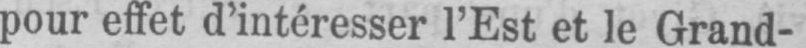
pour effet d’intéresser l’Est et le Grand-